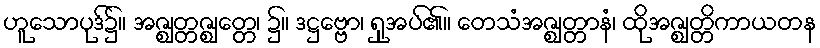
ဟူသောပုဒ်၌။ အဇ္ဈတ္တဇ္ဈတ္တေ၊ ၌။ ဒဋ္ဌဗ္ဗော၊ ရှုအပ်၏။ တေသံအဇ္ဈတ္တာနံ၊ ထိုအဇ္ဈတ္တိကာယတန